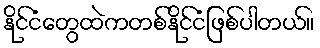
နိုင်ငံတွေထဲကတစ်နိုင်ငံဖြစ်ပါတယ်။